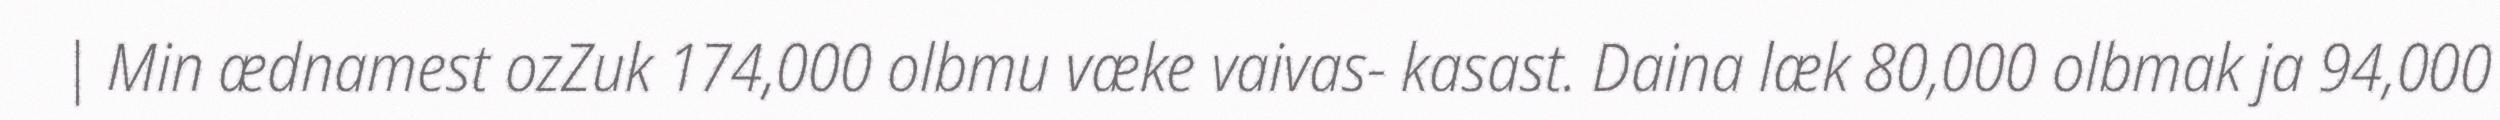
| Min ædnamest ozZuk 174,000 olbmu væke vaivas- kasast. Daina læk 80,000 olbmak ja 94,000